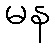
မန